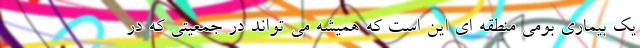
یک بیماری بومی منطقه ای این است که همیشه می تواند در جمعیتی که در